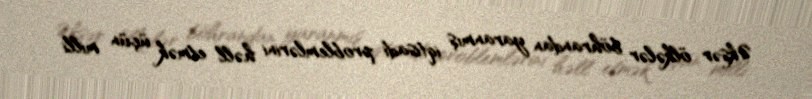
Əksər ölkələr böhrandan yaranmış iqtisadi problemlərini həll etmək üçün milli